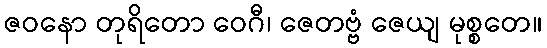
ဇဝနော တုရိတော ဝေဂီ၊ ဇေတဗ္ဗံ ဇေယျ မုစ္စတေ။